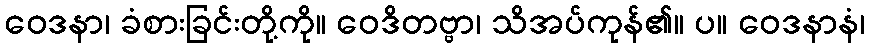
ဝေဒနာ၊ ခံစားခြင်းတို့ကို။ ဝေဒိတဗ္ဗာ၊ သိအပ်ကုန်၏။ ပ။ ဝေဒနာနံ၊